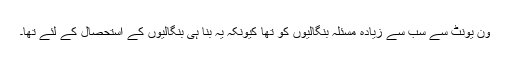
ون یونٹ سے سب سے زیادہ مسئلہ بنگالیوں کو تھا کیونکہ یہ بنا ہی بنگالیوں کے استحصال کے لئے تھا۔